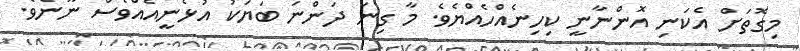
މިގޮތަށް އެކަނި އޮންނާނީ ކިހިނެއްހެއްޔެވެ. މާ ގިނަ ދަންނަ ބަޔަކު އުޅެނީއެއްވެސް ނޫނެވެ.